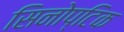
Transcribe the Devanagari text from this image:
सिनोप्टिक